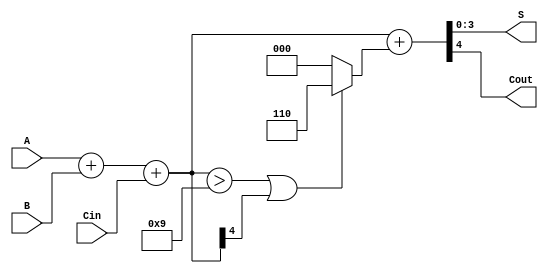
module BCD_Ripple_Carry_Adder (
    input  [3:0] A,      // First BCD digit
    input  [3:0] B,      // Second BCD digit
    input        Cin,     // Carry input
    output [3:0] S,      // BCD sum output
    output       Cout     // Carry output
);

    wire [4:0] sum;      // 5-bit sum to accommodate carry
    wire [4:0] corrected_sum; // 5-bit corrected sum
    wire correction_needed; // Flag for correction

    // Full adder logic for BCD addition
    assign sum = A + B + Cin;

    // Determine if correction is needed
    assign correction_needed = (sum > 4'b1001) || (sum[4]); // Check if sum > 9 or carry out

    // Correct the sum by adding 6 if needed
    assign corrected_sum = sum + (correction_needed ? 5'b00110 : 5'b00000);

    // Assign outputs
    assign S = corrected_sum[3:0]; // BCD sum output
    assign Cout = corrected_sum[4]; // Carry output

endmodule